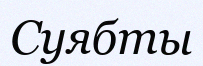
Суябты